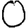
Digit: 0